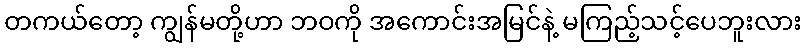
တကယ်တော့ ကျွန်မတို့ဟာ ဘဝကို အကောင်းအမြင်နဲ့ မကြည့်သင့်ပေဘူးလား